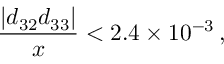
\frac { | d _ { 3 2 } d _ { 3 3 } | } { x } < 2 . 4 \times 1 0 ^ { - 3 } \, ,